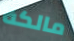
مالكة